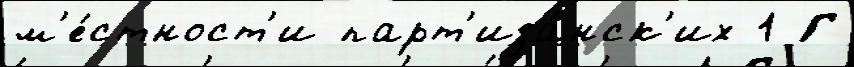
м'е́стност'и парт'иза́нск'их 1 Г